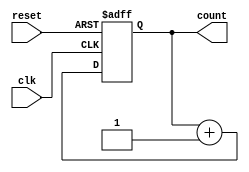
module async_reset_counter (
    input wire clk,          // Clock signal
    input wire reset,        // Asynchronous reset signal
    output reg [7:0] count   // 8-bit output count
);

// Asynchronous reset and synchronous behavior
always @(posedge clk or posedge reset) begin
    if (reset) begin
        count <= 8'b0;      // Reset count to zero
    end else begin
        count <= count + 1; // Increment count on clock edge
    end
end

endmodule